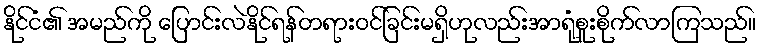
နိုင်ငံ၏ အမည်ကို ပြောင်းလဲနိုင်ရန်တရားဝင်ခြင်းမရှိဟုလည်းအာရုံစူးစိုက်လာကြသည်။